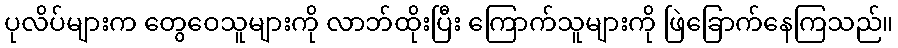
ပုလိပ်များက တွေဝေသူများကို လာဘ်ထိုးပြီး ကြောက်သူများကို ဖြဲခြောက်နေကြသည်။